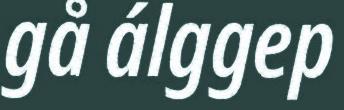
gå álggep